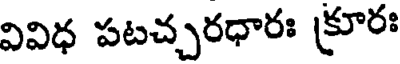
వివిధ పటచ్చరధారః క్రూరః